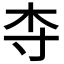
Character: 𬂝